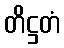
တိဋ္ဌတံ